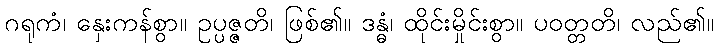
ဂရုကံ၊ နှေးကန်စွာ။ ဥပ္ပဇ္ဇတိ၊ ဖြစ်၏။ ဒန္ဓံ၊ ထိုင်းမှိုင်းစွာ။ ပဝတ္တတိ၊ လည်၏။